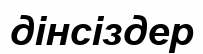
дінсіздер